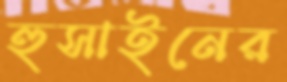
হুসাইনের